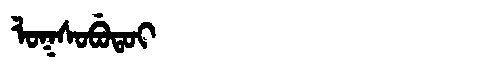
Manchu: ᠯᠣᡴᠰᠣᠪᡠᡨᠣᡳ
Romanization: LOKSOBUTOI